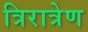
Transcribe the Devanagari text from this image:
त्रिरात्रेण